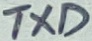
Text: TXD